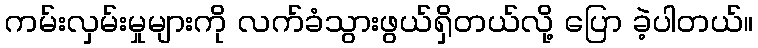
ကမ်းလှမ်းမှုများကို လက်ခံသွားဖွယ်ရှိတယ်လို့ ပြော ခဲ့ပါတယ်။